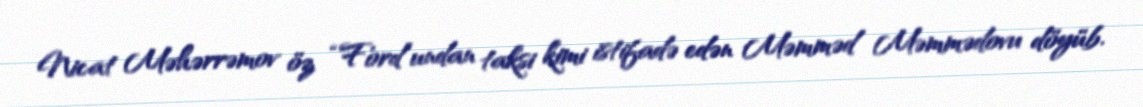
Nicat Məhərrəmov öz “Ford”undan taksi kimi istifadə edən Məmməd Məmmədovu döyüb.